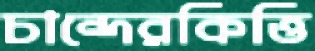
চান্দেরকিত্তি